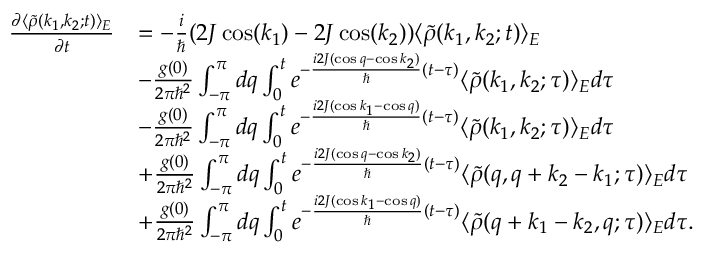
\begin{array} { r l } { \frac { \partial \langle \tilde { \rho } ( k _ { 1 } , k _ { 2 } ; t ) \rangle _ { E } } { \partial t } } & { = - \frac { i } { \hbar } ( 2 J \cos ( k _ { 1 } ) - 2 J \cos ( k _ { 2 } ) ) \langle \tilde { \rho } ( k _ { 1 } , k _ { 2 } ; t ) \rangle _ { E } } \\ & { - \frac { g ( 0 ) } { 2 \pi \hbar ^ { 2 } } \int _ { - \pi } ^ { \pi } d q \int _ { 0 } ^ { t } e ^ { - \frac { i 2 J ( \cos q - \cos k _ { 2 } ) } { \hbar } ( t - \tau ) } \langle \tilde { \rho } ( k _ { 1 } , k _ { 2 } ; \tau ) \rangle _ { E } d \tau } \\ & { - \frac { g ( 0 ) } { 2 \pi \hbar ^ { 2 } } \int _ { - \pi } ^ { \pi } d q \int _ { 0 } ^ { t } e ^ { - \frac { i 2 J ( \cos k _ { 1 } - \cos q ) } { \hbar } ( t - \tau ) } \langle \tilde { \rho } ( k _ { 1 } , k _ { 2 } ; \tau ) \rangle _ { E } d \tau } \\ & { + \frac { g ( 0 ) } { 2 \pi \hbar ^ { 2 } } \int _ { - \pi } ^ { \pi } d q \int _ { 0 } ^ { t } e ^ { - \frac { i 2 J ( \cos q - \cos k _ { 2 } ) } { \hbar } ( t - \tau ) } \langle \tilde { \rho } ( q , q + k _ { 2 } - k _ { 1 } ; \tau ) \rangle _ { E } d \tau } \\ & { + \frac { g ( 0 ) } { 2 \pi \hbar ^ { 2 } } \int _ { - \pi } ^ { \pi } d q \int _ { 0 } ^ { t } e ^ { - \frac { i 2 J ( \cos k _ { 1 } - \cos q ) } { \hbar } ( t - \tau ) } \langle \tilde { \rho } ( q + k _ { 1 } - k _ { 2 } , q ; \tau ) \rangle _ { E } d \tau . } \end{array}